Bombay plague: being a history of the progress of plague in the Bombay presidency from September 1896 to June 1899
Year: 1896
Disease focus: Plague
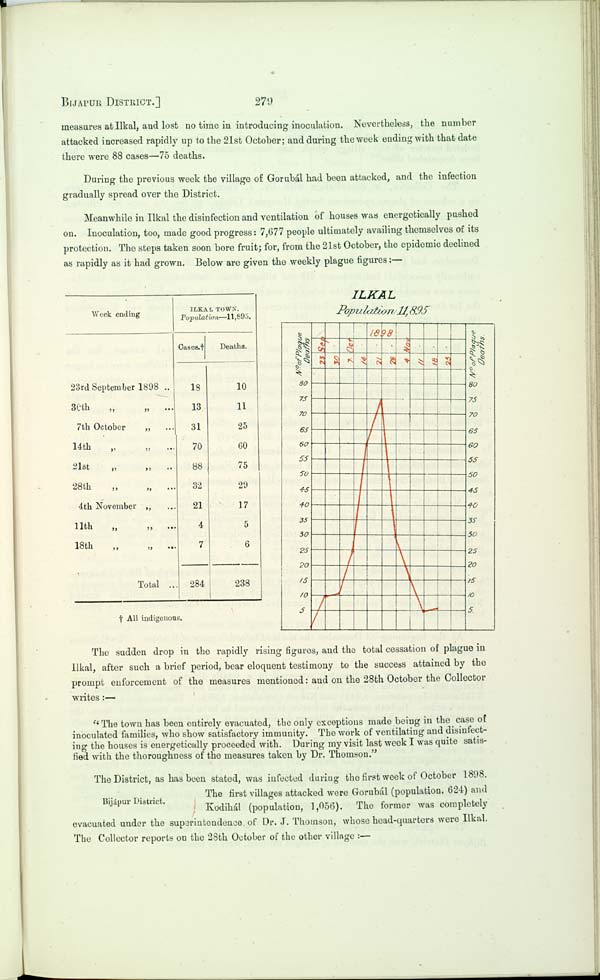
BIJAPUR DISTRICT.]
279
measures at Ilkal, and lost no time in introducing inoculation. Nevertheless, the number
attacked increased rapidly up to the 21st October; and during the week ending with that date
there were 88 cases—75 deaths.
During the previous week the village of Gorubál had been attacked, and the infection
gradually spread over the District.
Meanwhile in Ilkal the disinfection and ventilation of houses was energetically pushed
on. Inoculation, too, made good progress: 7,677 people ultimately availing themselves of its
protection. The steps taken soon bore fruit; for, from the 21st October, the epidemic declined
as rapidly as it had grown. Below are given the weekly plague figures:—
Week ending
23rd September 1898
30th
"
"
7th October
"
14th
"
"
21st
"
"
28th
"
"
4th November "
11th
"
"
18th
"
"
Total ..
ILKAL TOWN.
Population—11,895.
Cases.†
18
13
31
70
88
32
21
4
7
284
Deaths.
10
11
25
60
75
29
17
5
6
238
† All indigenous.
ILKAL
Population 11,895
The sudden drop in the rapidly rising figures, and the total cessation of plague in
Ilkal, after such a brief period, bear eloquent testimony to the success attained by the
prompt enforcement of the measures mentioned: and on the 28th October the Collector
writes:—
"The town has been entirely evacuated, the only exceptions made being in the case of
inoculated families, who show satisfactory immunity. The work of ventilating and disinfect-
ing the houses is energetically proceeded with. During my visit last week I was quite satis-
fied with the thoroughness of the measures taken by Dr. Thomson."
Bijápur District.
The District, as has been stated, was infected during the first week of October 1898.
The first villages attacked were Gorubál (population. 624) and
Kodihál (population, 1,056). The former was completely
evacuated under the superintendence of Dr. J. Thomson, whose head-quarters were Ilkal.
The Collector reports on the 28th October of the other village:—